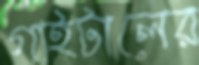
গাইটালের